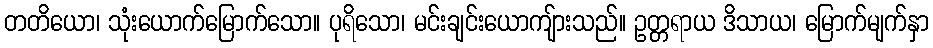
တတိယော၊ သုံးယောက်မြောက်သော။ ပုရိသော၊ မင်းချင်းယောကျ်ားသည်။ ဥတ္တရာယ ဒိသာယ၊ မြောက်မျက်နှာ